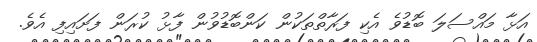
އަޅާ މައްސަލަ ބޮޑުވެ އެކި ފަރާތްތަކުން ކަންބޮޑުވުން ފާޅު ކުރަން ފަށައިފި އެވެ.